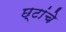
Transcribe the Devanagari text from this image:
छ्टांचे